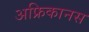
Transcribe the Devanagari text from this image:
अफ्रिकानस